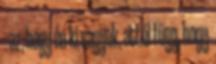
. az, hogy én ki vagyok, attól függ, hogy